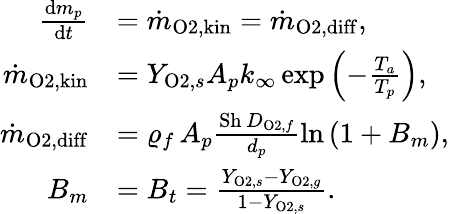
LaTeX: \begin{array}{rl}{\frac{\mathrm{d}m_{p}}{\mathrm{d}t}}&{=\dot{m}_{\mathrm{O2,kin}}=\dot{m}_{\mathrm{O2,diff}},}\\ {\dot{m}_{\mathrm{O2,kin}}}&{=Y_{\mathrm{O2},s}A_{p}k_{\infty}\, \mathrm{exp}\left(-\frac{T_{a}}{T_{p}}\right),}\\ {\dot{m}_{\mathrm{O2,diff}}}&{=\varrho_{f}\, A_{p}\frac{\mathrm{Sh}\, D_{\mathrm{O2},f}}{d_{p}}\mathrm{ln}\left(1+B_{m}\right),}\\ {B_{m}}&{=B_{t}=\frac{Y_{\mathrm{O2},s}-Y_{\mathrm{O2},g}}{1-Y_{\mathrm{O2},s}}.}\end{array}